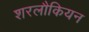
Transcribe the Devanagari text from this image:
शरलौकियन